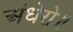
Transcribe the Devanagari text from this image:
अंधेरो॥